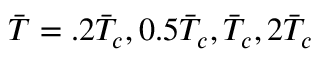
\Bar { T } = . 2 \Bar { T } _ { c } , 0 . 5 \Bar { T } _ { c } , \Bar { T } _ { c } , 2 \Bar { T } _ { c }